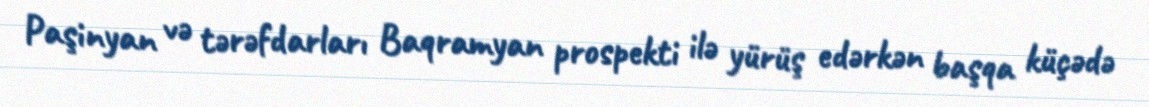
Paşinyan və tərəfdarları Baqramyan prospekti ilə yürüş edərkən başqa küçədə